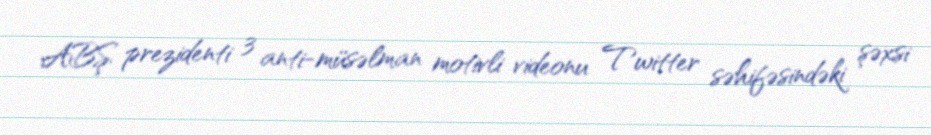
ABŞ prezidenti 3 anti-müsəlman motivli videonu Twitter səhifəsindəki şəxsi